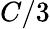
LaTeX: C/3